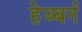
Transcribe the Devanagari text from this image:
हेब्बर्न